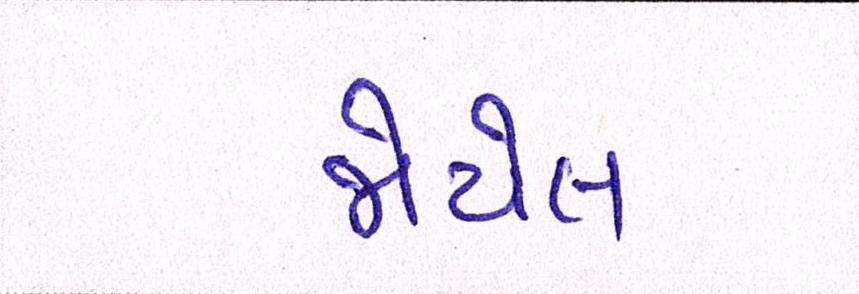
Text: જોયેલ